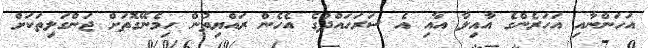
އަހަންނާއި އަހަރެންގެ އާއިލާ އާއި އެ ސަރަހައްދުގެ އެހެން ރައްޔިތުން ހިމެނޭގޮތަށް ޖަންގަލިތަކަށް